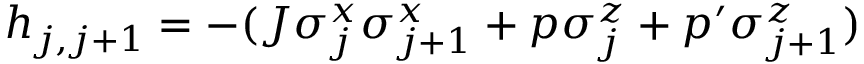
h _ { j , j + 1 } = - ( J \sigma _ { j } ^ { x } \sigma _ { j + 1 } ^ { x } + p \sigma _ { j } ^ { z } + p ^ { \prime } \sigma _ { j + 1 } ^ { z } )